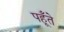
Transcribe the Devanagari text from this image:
पहूँते